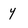
Character: y